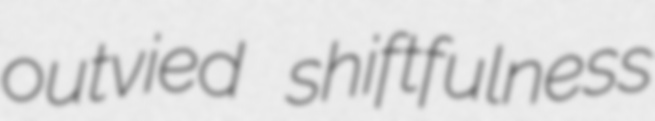
outvied shiftfulness